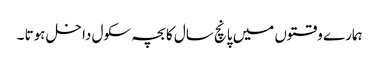
ہمارے وقتوں میں پانچ سال کا بچہ سکول داخل ہوتا ۔